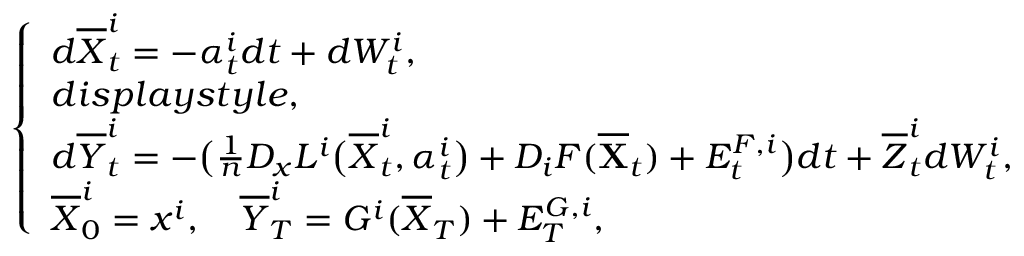
\left\{ \begin{array} { l l } { \displaystyle d \overline { { X } } _ { t } ^ { i } = - \alpha _ { t } ^ { i } d t + d W _ { t } ^ { i } , } \\ { d i s p l a y s t y l e , } \\ { d \overline { { Y } } _ { t } ^ { i } = - \big ( \frac { 1 } { n } D _ { x } L ^ { i } \big ( \overline { { X } } _ { t } ^ { i } , \alpha _ { t } ^ { i } \big ) + D _ { i } F ( \overline { \mathbf { X } } _ { t } ) + E _ { t } ^ { F , i } \big ) d t + \overline { { Z } } _ { t } ^ { i } d W _ { t } ^ { i } , } \\ { \overline { { X } } _ { 0 } ^ { i } = x ^ { i } , \quad \overline { { Y } } _ { T } ^ { i } = G ^ { i } ( \overline { { X } } _ { T } ) + E _ { T } ^ { G , i } , } \end{array} \right.